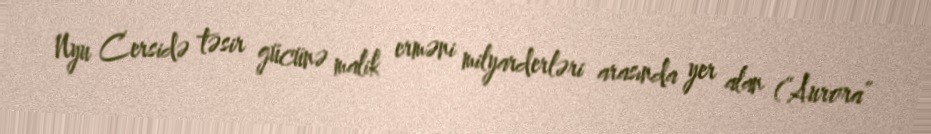
Nyu Cersidə təsir gücünə malik erməni milyarderləri arasında yer alan (“Aurora”